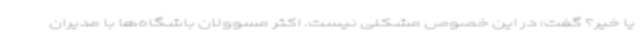
یا خیر؟ گفت: در این خصوص مشکلی نیست. اکثر مسوولان باشگاه‌ها با مدیران